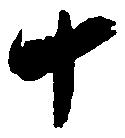
ナ